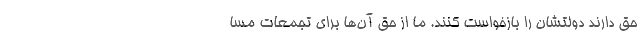
حق دارند دولتشان را بازخواست کنند. ما از حق آن‌ها برای تجمعات مسا